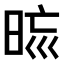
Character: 𣆬